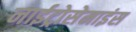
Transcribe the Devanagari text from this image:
नाईट्रोसेमाइंस